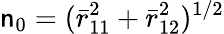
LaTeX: \mathsf{n}_{0}=(\bar{{r}}_{11}^{2}+\bar{{r}}_{12}^{2})^{1/2}